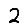
Digit: 2